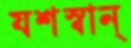
যশস্বান্‌